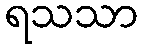
ရသသာ